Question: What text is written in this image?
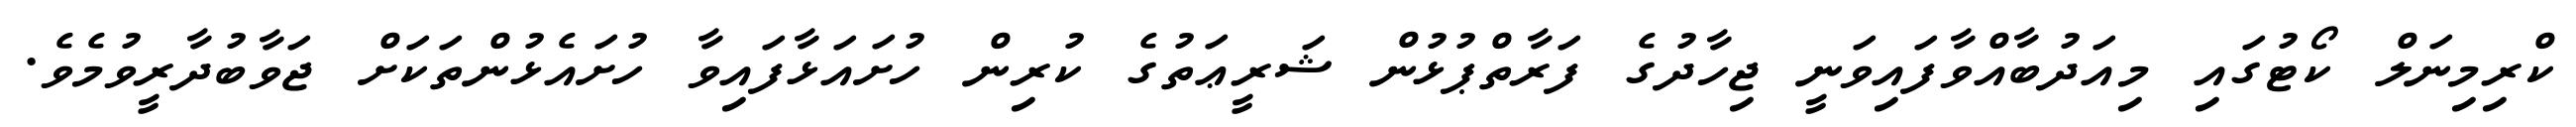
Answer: ކްރިމިނަލް ކޯޓުގައި މިއަދުބާއްވާފައިވަނީ ޖިހާދުގެ ފަރާތްޕުޅުން ޝަރީޢަތުގެ ކުރިން ހުށައަޅާފައިވާ ހުށައެޅުންތަކަށް ޖަވާބުދާރީވުމެވެ.